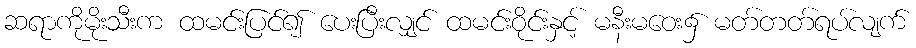
ဆရာကိုမိုးသီးက ထမင်းပြင်၍ ပေးပြီးလျှင် ထမင်းဝိုင်းနှင့် မနီးမဝေး၌ မတ်တတ်ရပ်လျက်